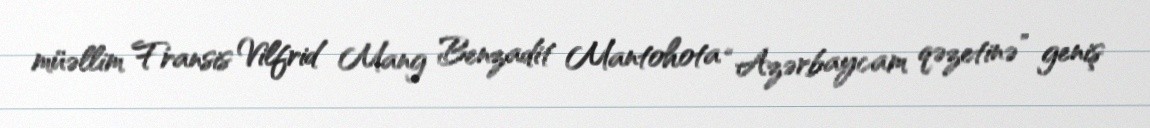
müəllim Fransis Vilfrid Mang Benzadit Mantohota “Azərbaycam qəzetinə” geniş